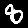
Digit: 8